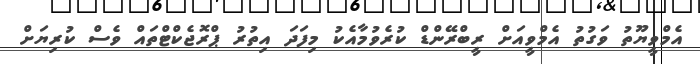
އެމްވީޔޫތު ވަގުތު އެމްވީއަށް ރީބްރޭންޑް ކުރެވުމާއެކު މިފަދަ އިތުރު ޕްރޮޖެކްޓްތައް ވެސް ކުރިޔަށް